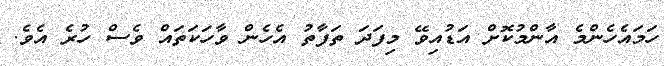
ހަމައެހެންމެ އާންމުކޮށް އަޑުއިވޭ މިފަދަ ތަފާތު އެހެން ވާހަކަތައް ވެސް ހުރެ އެވެ.